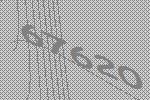
67620